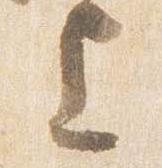
上